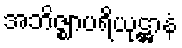
အဘိဇ္ဈာပရိယုဋ္ဌာနံ